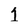
Character: 1